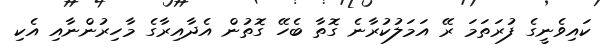
ކައިވެނީގެ ފުރަތަމަ ރޭ އަމަލުކުރާނެ ގޮތާ ބެހޭ ގޮތުން އެދާއިރާގެ މާހިރުންނާއި އެކި